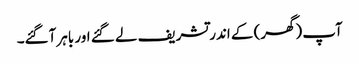
آپ (گھر) کے اندر تشریف لے گئے اور باہر آگئے۔